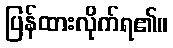
ပြန်ထားလိုက်ရ၏။